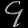
Digit: ၄